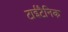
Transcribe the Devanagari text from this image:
टाईटैनिक